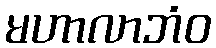
မဟာလာဘံဝ